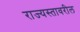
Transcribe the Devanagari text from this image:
राज्यस्तावरील